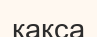
қақса